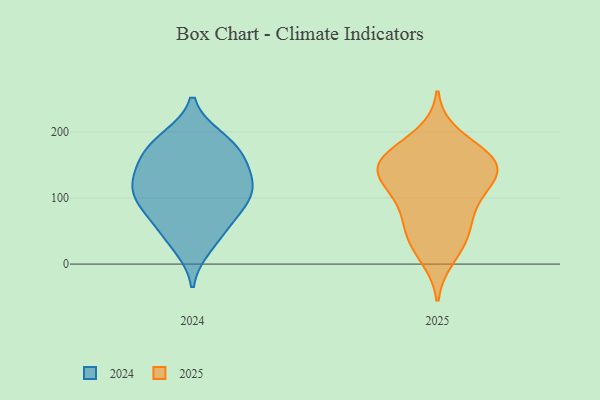
{"axis": {"x": "Budget (USD K)", "y": "Value"}, "legend": ["2024", "2025"], "data": [{"x": "", "y": 52, "type": "2025"}, {"x": "", "y": 118, "type": "2025"}, {"x": "", "y": 50, "type": "2025"}, {"x": "", "y": 87, "type": "2025"}, {"x": "", "y": 144, "type": "2025"}, {"x": "", "y": 162, "type": "2025"}, {"x": "", "y": 152, "type": "2025"}, {"x": "", "y": 134, "type": "2025"}, {"x": "", "y": 11, "type": "2025"}, {"x": "", "y": 149, "type": "2025"}, {"x": "", "y": 31, "type": "2025"}, {"x": "", "y": 118, "type": "2025"}, {"x": "", "y": 87, "type": "2025"}, {"x": "", "y": 166, "type": "2025"}, {"x": "", "y": 154, "type": "2025"}, {"x": "", "y": 195, "type": "2025"}, {"x": "", "y": 102, "type": "2024"}, {"x": "", "y": 107, "type": "2024"}, {"x": "", "y": 65, "type": "2024"}, {"x": "", "y": 72, "type": "2024"}, {"x": "", "y": 106, "type": "2024"}, {"x": "", "y": 191, "type": "2024"}, {"x": "", "y": 26, "type": "2024"}, {"x": "", "y": 39, "type": "2024"}, {"x": "", "y": 82, "type": "2024"}, {"x": "", "y": 165, "type": "2024"}, {"x": "", "y": 190, "type": "2024"}, {"x": "", "y": 131, "type": "2024"}, {"x": "", "y": 119, "type": "2024"}, {"x": "", "y": 160, "type": "2024"}, {"x": "", "y": 124, "type": "2024"}, {"x": "", "y": 177, "type": "2024"}, {"x": "", "y": 149, "type": "2024"}]}